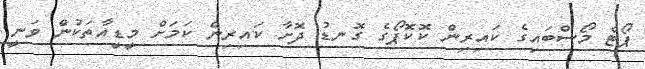
ޕޯޓް މޯސްބައިގެ ކައިރިން ކޮކޮޕޯގެ ގޮނޑު ދޮށާ ކައިރިން ކަމަށް މީޑީއާތަކުން ވަނީ